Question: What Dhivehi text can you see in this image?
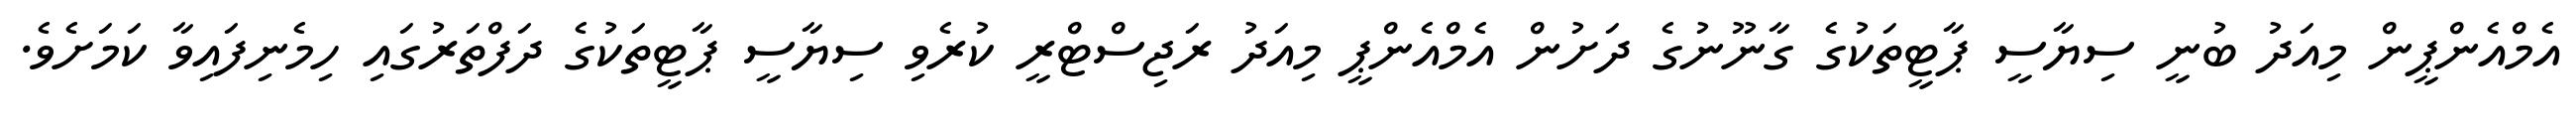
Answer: އެމްއެންޕީން މިއަދު ބުނީ ސިޔާސީ ޕާޓީތަކުގެ ގާނޫނުގެ ދަށުން އެމްއެންޕީ މިއަދު ރަޖިސްޓްރީ ކުރެވި ސިޔާސީ ޕާޓީތަކުގެ ދަފްތަރުގައި ހިމެނިފައިވާ ކަމަށެވެ.